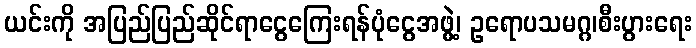
ယင်းကို အပြည်ပြည်ဆိုင်ရာငွေကြေးရန်ပုံငွေအဖွဲ့၊ ဥရောပသမဂ္ဂ၊စီးပွားရေး